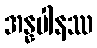
အန္နပါနဿ